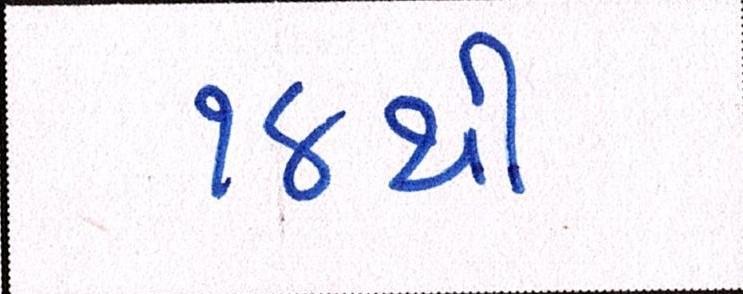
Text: ૧૪થી